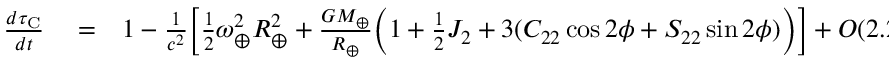
\begin{array} { r l r } { \frac { d \tau _ { \mathrm { C } } } { d t } } & { { } = } & { 1 - \frac { 1 } { c ^ { 2 } } \Big [ { \textstyle \frac { 1 } { 2 } } \omega _ { \oplus } ^ { 2 } R _ { \oplus } ^ { 2 } + \frac { G M _ { \oplus } } { R _ { \oplus } } \Big ( 1 + { \textstyle \frac { 1 } { 2 } } J _ { 2 } + 3 ( C _ { 2 2 } \cos 2 \phi + S _ { 2 2 } \sin 2 \phi ) \Big ) \Big ] + { \cal O } ( 2 . 2 8 \times 1 0 ^ { - 1 5 } \cos \phi ) , } \end{array}